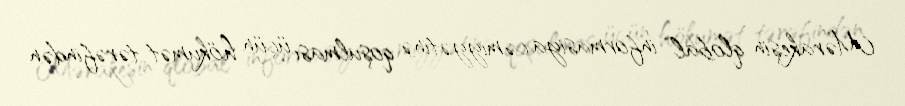
Mərakeşin qlobal informasiya cəmiyyətinə qoşulması üçün hökumət tərəfindən